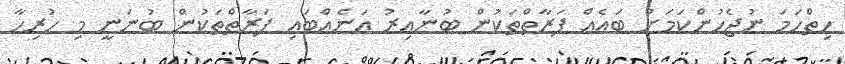
ހިތްހަމަ ނުޖެހުންކަމަށް ބައެއް ފަރާތްތަކުން ބުނާއިރު އަނެއްބައި ފަރާތްތަކުން ބުނަނީ މި ހުރިހާ